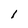
Character: l